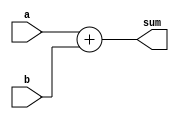
module add_task(
    input wire [7:0] a,
    input wire [7:0] b,
    output reg [8:0] sum
);

task add_task;
    input [7:0] a_input;
    input [7:0] b_input;
    output [8:0] sum_output;

    begin
        sum_output = a_input + b_input;
    end
endtask

initial
begin
    add_task(a, b, sum);
end

endmodule